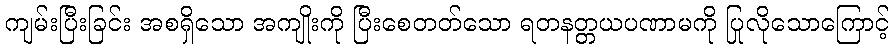
ကျမ်းပြီးခြင်း အစရှိသော အကျိုးကို ပြီးစေတတ်သော ရတနတ္တယပဏာမကို ပြုလိုသောကြောင့်